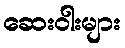
ဆေးဝါးများ